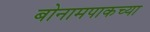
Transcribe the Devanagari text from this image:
बोनामपाकच्या